Annual report on the working of the lock hospitals in the North-Western Provinces and Oudh
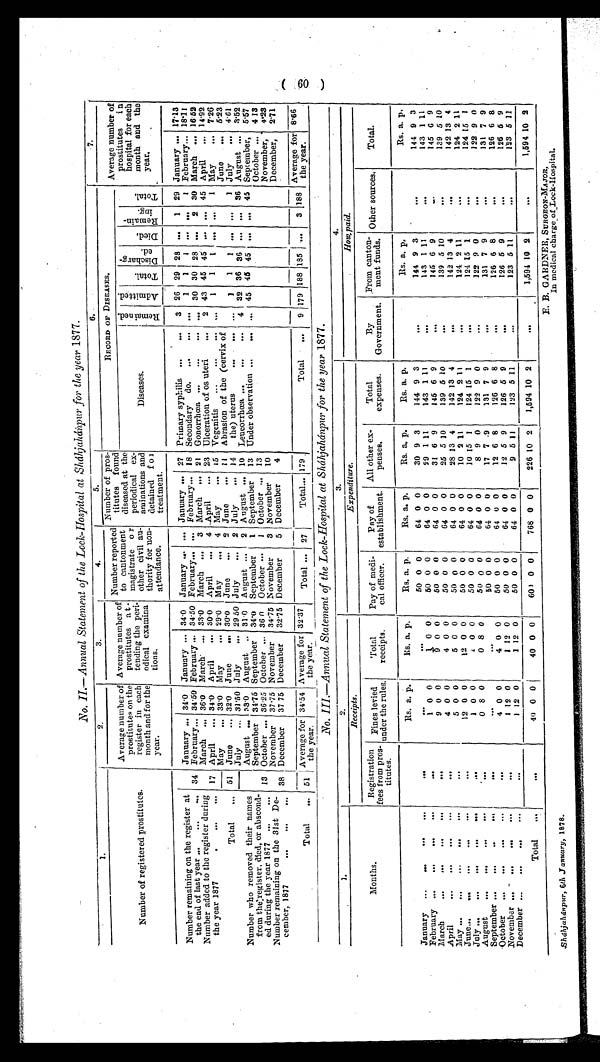
Sháhjahánpur, 6th January, 1878.
E. B. GARDNER, SURGEON-MAJOR,
In medical charge of Lock-Hospital.
No. II-Annual Statement of the Lock-hospital at Sháhjahánpur for the year 1877.
1.
2.
3.
4.
5.
6.
7.
Number of registered prostitutes.
Average number of
prostitutes on the
register in each
month and for the
year.
Average number of
prostitutes a t -
tending the peri-
odical examina
tions.
Number reported
to cantonment
magistrate or
other civil au-
thority for non-
attendance.
Number of pros-
titutes found
diseased at the
periodical ex-
aminations and
detained for
treatment.
R E C O R D O F D I S E A S E S .
Average number of
prostitutes in
hospital for each
month and the
year.
Diseases.
R e m a i n e d .
A d m i t t e d . T o t a l . Di s c h a r g e d . D i e d .
R e m a i n i n g .
T o t a l .
Number remaining on the register at
the end of last year ... ...
. . .
January . . .
34.0 January ... 34.0 January
.... ... January
...
27 Primary syphilis ... ... 3 26 29 28 ... 1 29 January ... 17.13
34 February... 34.50 February ... 34.50 February... ... February... 18 Secondary do. ...
. . . ... 1 1 1 . . . ... 1 February... 18.11
March
...
36.0 March ... 33.0 March ... 3 March ... 21 Gonorrhœa ... ... ... . . . 30 30 28 ... 2 30 March ... 16.52
Number added to the register during
the year 1877
. . .
. . .
. . .
17 April ... 34.0 April ... 30.0 April ... 4 April ... 23 Ulceration of os uteri
. . . 2 43 45 45 ... ... 45 April ... 14.92
May
...
33.0 May ... 29.0 May ... 4 May ... 1 5 Vegenitis ... ... ... ... 1 1 1 ... ... 1 May ... 7.26
Total ... 51 June ... 32.0 June ... 30.0 June ... 2 Juno ... 11
June ... 5.23
July ... 31.50 July ... 29 50 July ... 2 July ... 14
Abrasion of the (cervix of
the) uterus
. . . . . . 1
1 1 . . . . . . 1 July ... 4.61
Number who removed their names
from the register, died, or abscond-
ed during the year 1877 ... ...
August ... 33.0 August .. 31.0 August ... 2 August ... 10 Leucorrhœa ... ... ... 4 32 36 36 . . . . . . 36 August . . . 3.52
September 34.75 September 34.0 September 1 September 13 Under observation ... ... ... 45 45 45 . . . ... 45 September, 5.57
13 October ... 36.25 October ... 36.0
OctoberAbrasion of the (cervix of
the) uterus
...
1 October ... 13
October ... 4.13
November 37.75 November 34.75 November 3 November 10
November, 4.23
Number remaining on the 31st De-
cember, 1877
38 December 37.75 December 32.75 December 5 December 4
December, 2.71
Total
. . . 51 Average for
the year.
34.54 Average for
the year.
32.37 Total ... 179
TotalAbrasion of the (cervix of
the) uterus
... 179 .
Total ... 9 179 188
1 8 5 . . . 3 188 Average for
the year.
8.66
No. III.—Annual Statement of the Lock-hospital at Sháhjahánpur for the year 1877.
1.
2,
3.
4.
Receipts.
Expenditure.
How, paid.
Months.
Registration
fees from pros-
titutes.
Fines levied
under the rules,
Total
receipts.
Pay of medi-
cal officer.
Pay of
establishment.
All other ex-
penses.
Total
expenses.
By
Government.
From canton-
meat funds. Other sources. Total.
Rs. a. p.
Rs. a. p.
Rs. a. p.
Rs. a. p.
Rs. a. p.
Rs. a. p.
Rs. a. p.
Rs. a. p.
January ... ... . . .
. . .
. . .
. . .
. . .
5 0
0 0
64 0 0
30 9 3
144 9 3
. . . 144 9 3
. . .
144 9 3
February ... ... ... ...
. . .
1 0 0
1 0 0
50 0 0
64 0 0
29 1 11
143 1 11
. . . 143 1 11
...
143 1 11
March
. . .
. . .
. . .
. . .
. . .
9 0 0
9 0 0
50 0 0
64 0 0
31 6 9
145 6 9
. . . 145 6 9
. . .
145 6 9
April
... ... ...
. . .
. . .
4 0 0
4 0 0
50 0 0
64 0 0
25 5 10
139 5 10
. . . 139 5 10
...
139 5 10
May
. . .
. . .
. . .
. . .
. . .
...
5 0 0
5 0 0
5 0
0 0
64 0 0
28 13 4
142 13 4
. . . 142 13 4
. . .
142 13 4
June... ... ... ...
. . .
. . .
12 0 0
12 0 0
50 0 0
64 0 0
10 2 11
124 2 11
. . . 124 2 11
. . .
124 2 11
July ... ... ... . . .
. . .
...
1 0 0
1 0 0
50 0 0
64 0 0
10 15 1
124 15 1
. . . 124 15 1
. . .
124 15 1
August ... ... ... . . .
...
0 8 0
0 8 0
50 0 0
64 0 0
8 9 0
122 9 0
. . . 122 9 0
. . .
122 9 0
September ... ... ... . . .
. . .
. . . ...
5 0
0 0
64 0 0
17 7 9
131 7 9
...
131 7 9
...
131 7 9
October ... ... . . .
. . .
. . .
4 0 0
4 0 0
50 0 0
64 0 0
12 6 8
126 6 8
. . . 126 6 8
. . .
126 6 8
November ...
. . .
. . .
. . .
. . .
...
1 1 2 0
1 12 0
50 0 0
64 0 0
12 5 9
126 5 9
. . . 126 5 9
...
126 5 9
December ... ... ... ...
...
1 12 0
1 12 0
50 0 0
64 0 0
9 5 11
123 5 11
. . .
123 5 11
. . .
123 5 11
Total ...
. . .
40 0 0
40 0 0
600 0 0
768 0 0
226 10 2 1,594 10 2
. . . 1,594 10 2
. . .
1,594 10 2